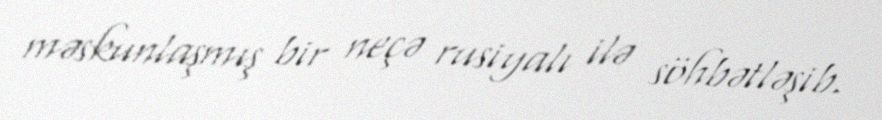
məskunlaşmış bir neçə rusiyalı ilə söhbətləşib.